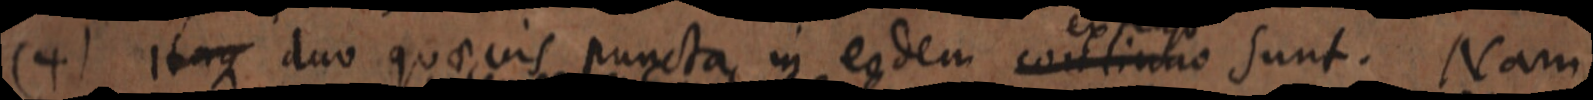
(4) Itaque duo quaevis puncta in eodem continuo sunt. Nam